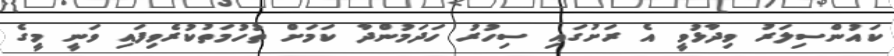
ކައުންސިލަރު ވިދާޅުވީ އެ ރަށުގައި ސިހުރު ހަދަމުންދާ ކަމަށް ތުހުމަތުކުރެވިފައި ވަނީ މީގެ